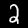
Label: 2